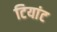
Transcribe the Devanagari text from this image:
टियांट